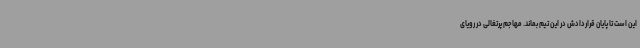
این است تا پایان قراردادش در این تیم بماند. مهاجم پرتغالی در رویای